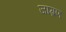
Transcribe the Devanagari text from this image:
जाग्रण